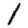
Digit: 1